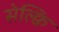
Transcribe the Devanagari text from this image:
सेल्क्वि